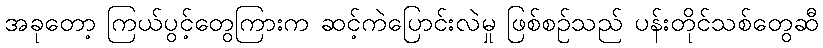
အခုတော့ ကြယ်ပွင့်တွေကြားက ဆင့်ကဲပြောင်းလဲမှု ဖြစ်စဉ်သည် ပန်းတိုင်သစ်တွေဆီ